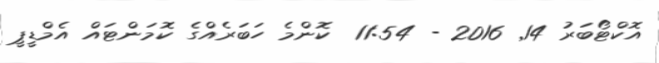
އޮކްޓޯބަރު 14